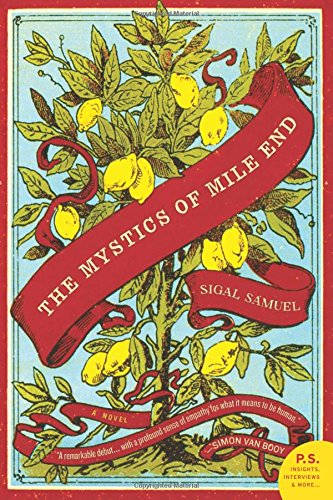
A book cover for The Mystics of Mile End: A Novel; Sigal Samuel; Literature & Fiction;